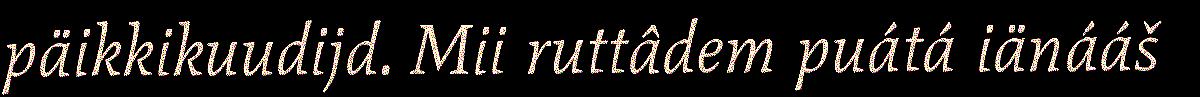
päikkikuudijd. Mii ruttâdem puátá iänááš